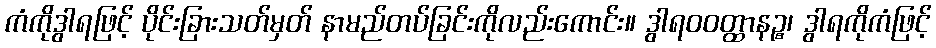
ကံကိုဒွါရဖြင့် ပိုင်းခြားသတ်မှတ် နာမည်တပ်ခြင်းကိုလည်းကောင်း။ ဒွါရဝဝတ္ထာနဉ္စ၊ ဒွါရကိုကံဖြင့်